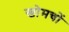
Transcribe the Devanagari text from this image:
खोमचों